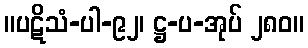
။ပဋိသံ-ပါ-၉၂၊ ဋ္ဌ-ပ-အုပ် ၂၈၀။